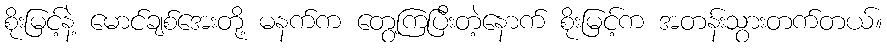
စိုးမြင့်နဲ့ မောင်ချစ်အေးတို့ မနက်က တွေ့ကြပြီးတဲ့နောက် စိုးမြင့်က အတန်းသွားတက်တယ်။